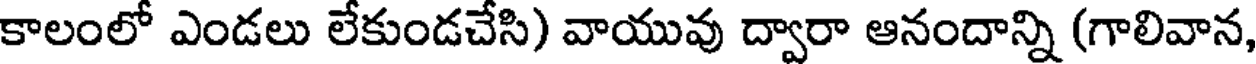
కాలంలో ఎండలు లేకుండచేసి) వాయువు ద్వారా ఆనందాన్ని (గాలివాన,